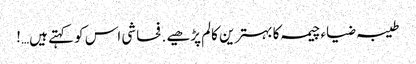
طیبہ ضیاء چیمہ کا بہترین کالم پڑھیے . فحاشی اس کو کہتے ہیں…!